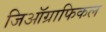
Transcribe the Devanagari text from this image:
जिऑग्राफिकल